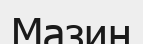
Мазин